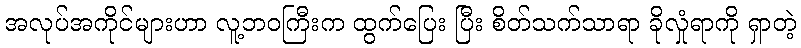
အလုပ်အကိုင်များဟာ လူ့ဘဝကြီးက ထွက်ပြေး ပြီး စိတ်သက်သာရာ ခိုလှုံရာကို ရှာတဲ့